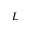
L